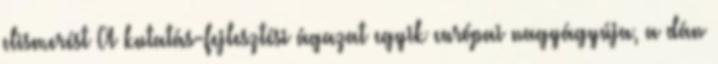
elismerést A kutatás-fejlesztési ágazat egyik európai nagyágyúja, a dán